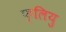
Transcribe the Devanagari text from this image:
फ्लियु